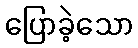
ပြောခဲ့သော